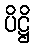
ပိဋ္ဌိ